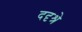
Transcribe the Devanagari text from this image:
ददृश्रे